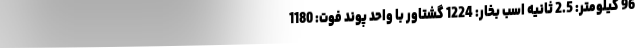
96 کیلومتر: 2.5 ثانیه اسب بخار: 1224 گشتاور با واحد پوند فوت: 1180